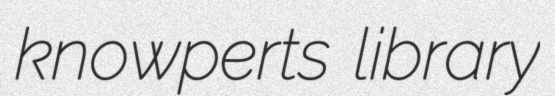
knowperts library